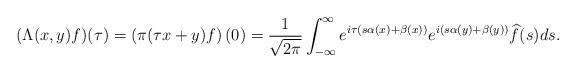
LaTeX: \begin{align*} (\Lambda(x,y)f)(\tau) = \left(\pi(\tau x + y) f\right)(0) = \frac{1}{\sqrt{2 \pi}} \int_{-\infty}^{\infty} e^{i \tau (s \alpha(x) + \beta(x))} e^{i (s \alpha(y) + \beta(y))} \widehat{f}(s) ds.\end{align*}